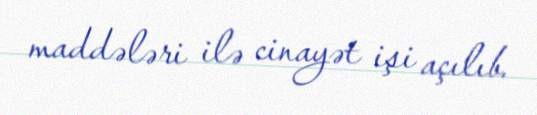
maddələri ilə cinayət işi açılıb.